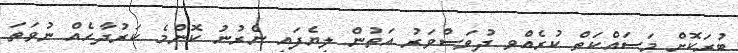
ބުރަކޮށް މަސައްކަތް ކުރެއްވި ދުވަސްވަރު އަތުން ލިޔެފައި ނެރުނު ކޮންމެ ކަރުދާހެއް ނުވަތަ